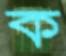
ক